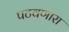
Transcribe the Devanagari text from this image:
पटवणारा